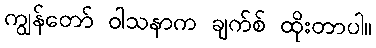
ကျွန်တော် ဝါသနာက ချက်စ် ထိုးတာပါ။